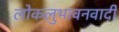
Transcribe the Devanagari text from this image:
लोकलुभावनवादी